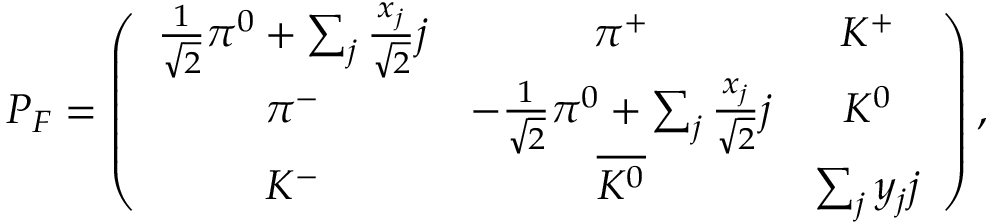
P _ { F } = \left( \begin{array} { c c c } { { \frac { 1 } { \sqrt { 2 } } \pi ^ { 0 } + \sum _ { j } \frac { x _ { j } } { \sqrt { 2 } } j } } & { { \pi ^ { + } } } & { { K ^ { + } } } \\ { { \pi ^ { - } } } & { { - \frac { 1 } { \sqrt { 2 } } \pi ^ { 0 } + \sum _ { j } \frac { x _ { j } } { \sqrt { 2 } } j } } & { { K ^ { 0 } } } \\ { { K ^ { - } } } & { { \overline { { { K ^ { 0 } } } } } } & { { \sum _ { j } y _ { j } j } } \end{array} \right) ,